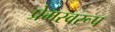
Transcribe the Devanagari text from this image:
प्रेमस्वरूप